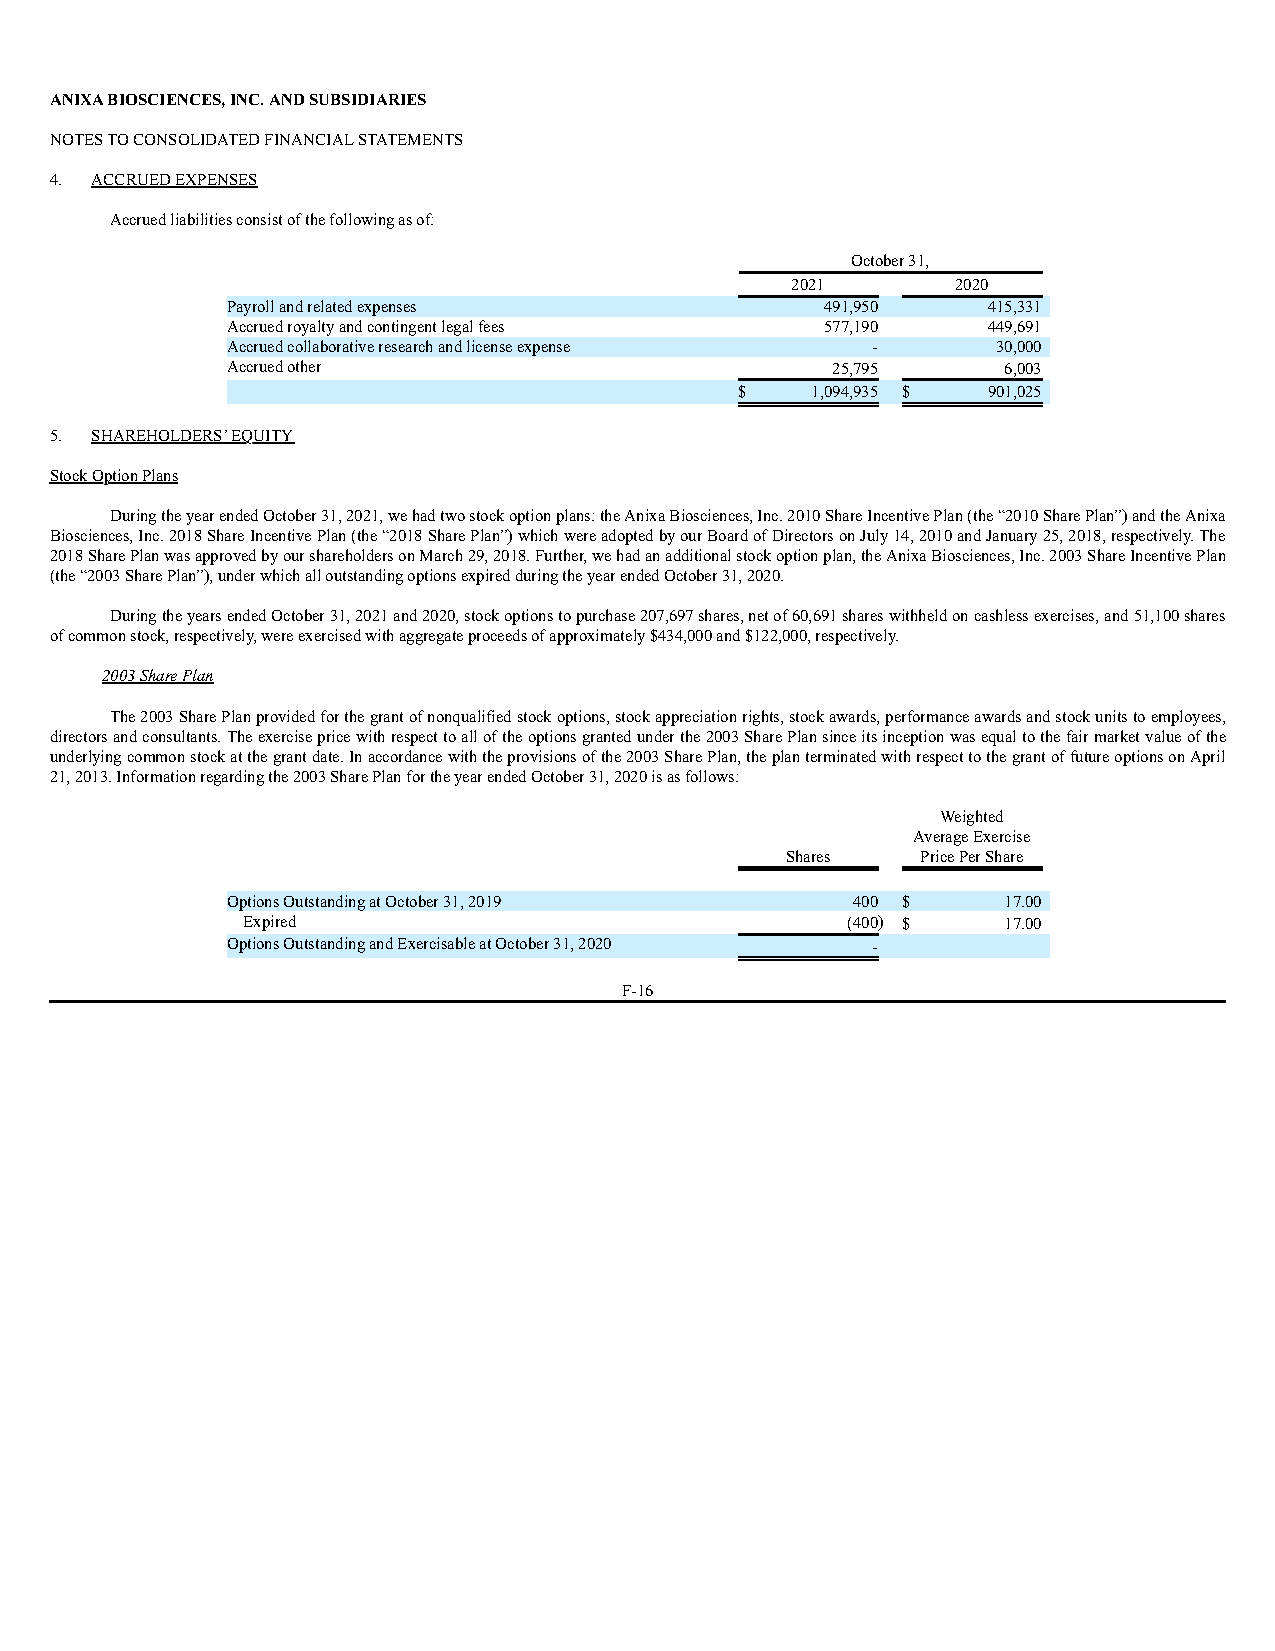
ANIXA BIOSCIENCES, INC. AND SUBSIDIARIES
 NOTES TO CONSOLIDATED FINANCIAL STATEMENTS
 4. ACCRUED EXPENSES
 Accrued liabilities consist of the following as of:
 October 31,
 2021       2020
 Payroll and related expenses            491,950   415,331
 Accrued royalty and contingent legal fees 577,190 449,691
 Accrued collaborative research and license expense - 30,000
 Accrued other                           25,795     6,003
 $    1,094,935 $ 901,025
 5. SHAREHOLDERS’ EQUITY
 Stock Option Plans
 During the year ended October 31, 2021, we had two stock option plans: the Anixa Biosciences, Inc. 2010 Share Incentive Plan (the “2010 Share Plan”) and the Anixa
 Biosciences, Inc. 2018 Share Incentive Plan (the “2018 Share Plan”) which were adopted by our Board of Directors on July 14, 2010 and January 25, 2018, respectively. The
 2018 Share Plan was approved by our shareholders on March 29, 2018. Further, we had an additional stock option plan, the Anixa Biosciences, Inc. 2003 Share Incentive Plan
 (the “2003 Share Plan”), under which all outstanding options expired during the year ended October 31, 2020.
 During the years ended October 31, 2021 and 2020, stock options to purchase 207,697 shares, net of 60,691 shares withheld on cashless exercises, and 51,100 shares
 of common stock, respectively, were exercised with aggregate proceeds of approximately $434,000 and $122,000, respectively.
 2003 Share Plan
 The 2003 Share Plan provided for the grant of nonqualified stock options, stock appreciation rights, stock awards, performance awards and stock units to employees,
 directors and consultants. The exercise price with respect to all of the options granted under the 2003 Share Plan since its inception was equal to the fair market value of the
 underlying common stock at the grant date. In accordance with the provisions of the 2003 Share Plan, the plan terminated with respect to the grant of future options on April
 21, 2013. Information regarding the 2003 Share Plan for the year ended October 31, 2020 is as follows:
 Weighted
 Average Exercise
 Shares   Price Per Share
 Options Outstanding at October 31, 2019  400 $     17.00
 Expired                                 (400) $   17.00
 Options Outstanding and Exercisable at October 31, 2020 -
 F-16